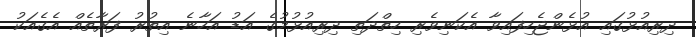
ދިރިއުޅުުގަައި އުޅެންޖެހިފައިވާ އެކަނިވެރި ހިތްދަތި ދިރިއުޅުމުގެ އަޑު އަހާނެ އިތުރު ފަރާތެއް އެގެއަކު